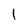
Character: l